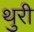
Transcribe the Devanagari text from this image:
थुरी